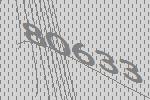
80633